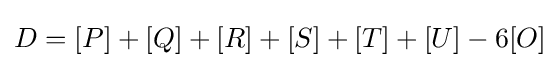
D=[P]+[Q]+[R]+[S]+[T]+[U]-6[O]